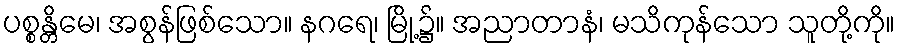
ပစ္စန္တိမေ၊ အစွန်ဖြစ်သော။ နဂရေ၊ မြို့၌။ အညာတာနံ၊ မသိကုန်သော သူတို့ကို။